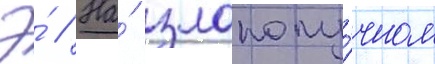
Э́ // На́ злополу́чном